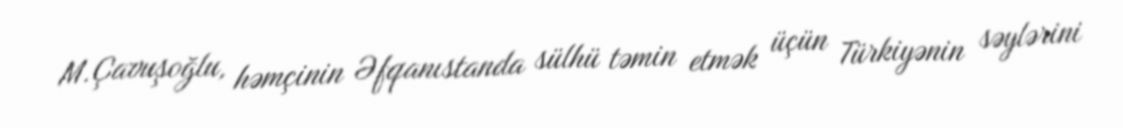
M.Çavuşoğlu, həmçinin Əfqanıstanda sülhü təmin etmək üçün Türkiyənin səylərini